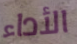
الأداء